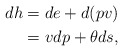
\begin{align*} dh&=de+d(pv)\\ &=vdp+\theta ds,\end{align*}